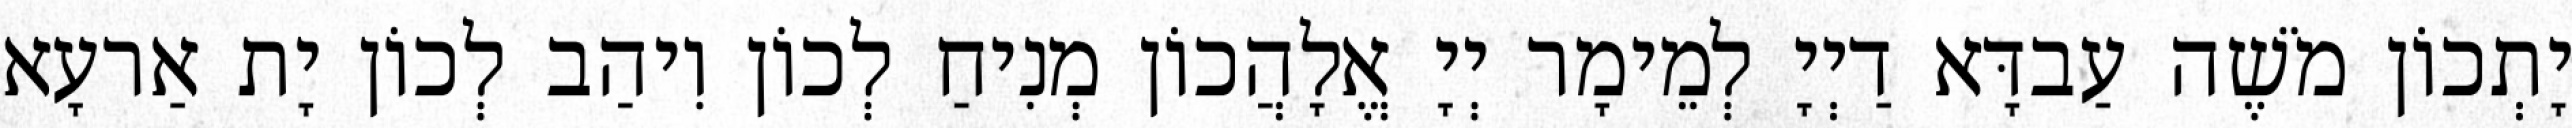
יָתְכוֹן מֹשֶׁה עַבדָּא דַיְיָ לְמֵימָר יְיָ אֱלָהֲכוֹן מְנִיחַ לְכוֹן וִיהַב לְכוֹן יָת אַרעָא